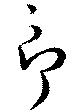
郎